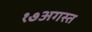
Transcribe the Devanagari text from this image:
१७अगस्त